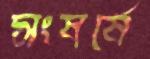
সংষর্ষে